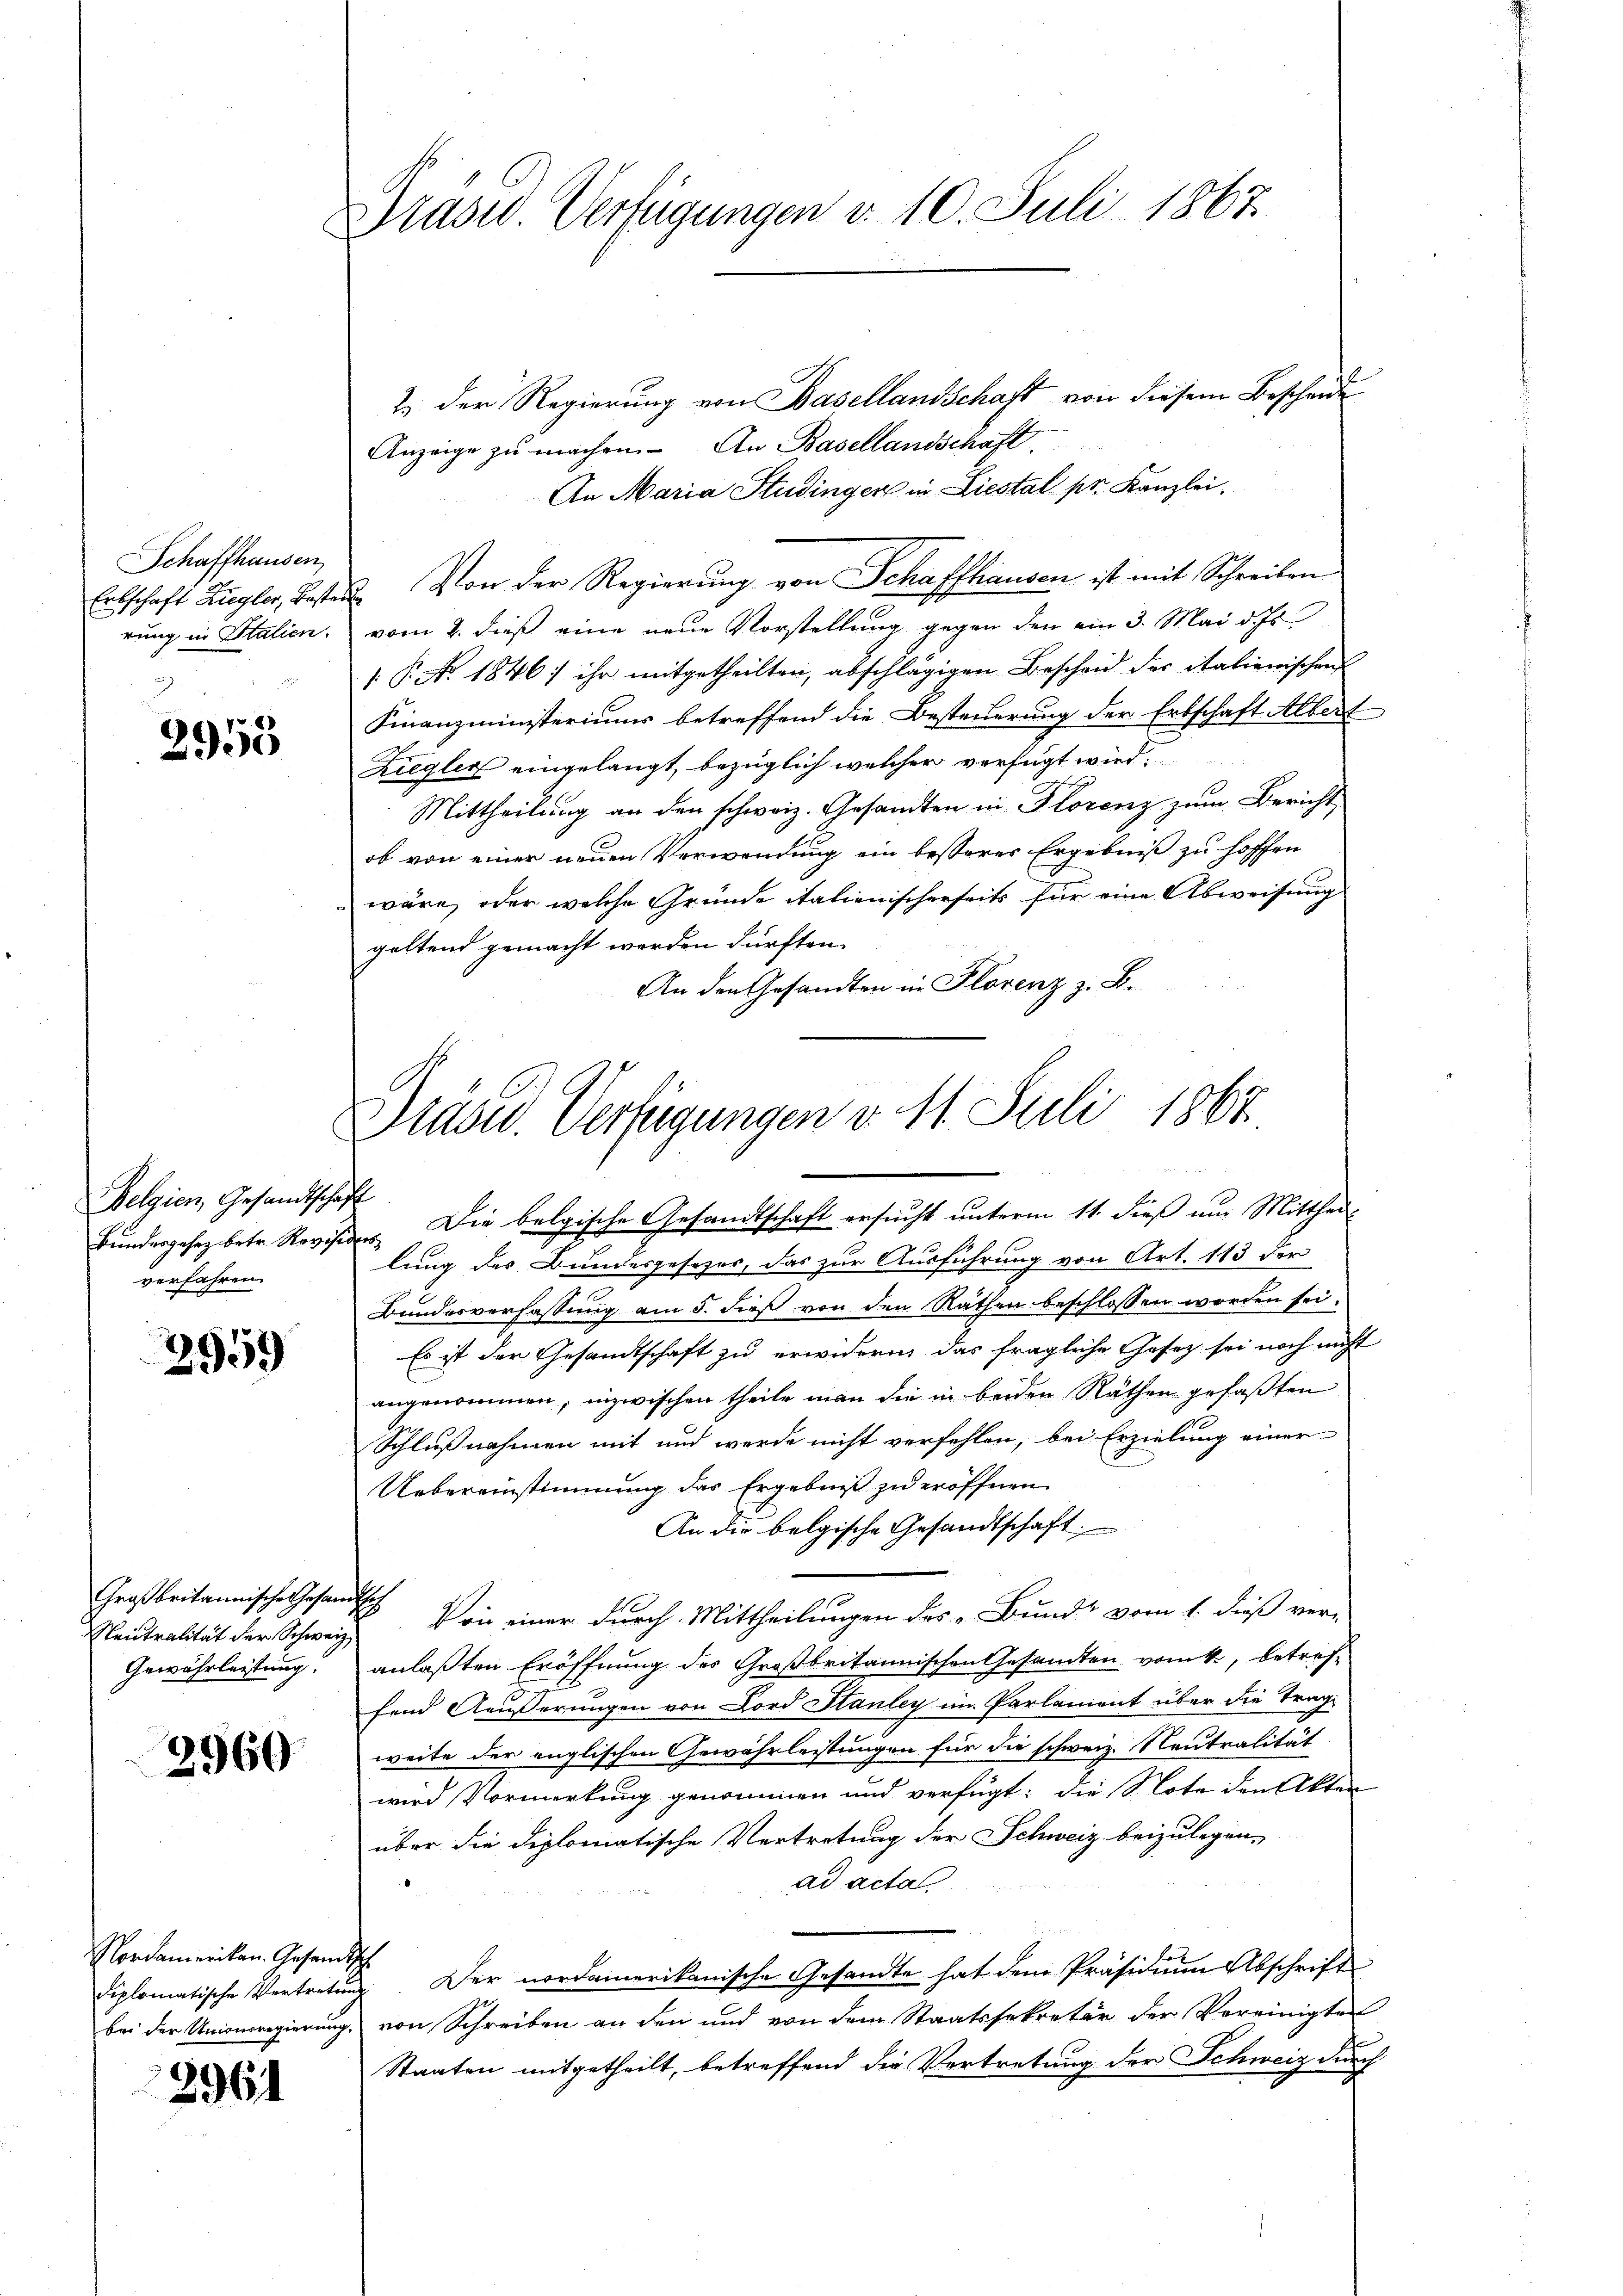
Schaffhausen
Erbschaft Ziegler, Best
rung in Italien.

2955

Belgien, Gesandtschäft
Bundesgesez betr. Revisi
verfahren.

3959

Großbritannische Gesan¬
Neutralität der Schweiz
Gewährleistung.

2960

Nordamerikan. Gesandtsch

2961

Prasw. Verfügungen v. 10. Juli 1867

Drasc. Verfügungen v. 11. Juli 1867.
Die belgische Gesandtschaft ersucht unterm 11. dieß um Mitthei¬

2.) Der Regierung von Basellandschaft von diesem Bescheide
Anzeige zu machen. An Basellandschaft.
An Maria Studinger in Liestal pr. Kanzlei.
3. Von der Regierung von Schaffhausen ist mit Schreiben
vom 2. dieß eine neue Vorstellung gegen den ain 3. Mai d. Js
 P. No. 1846) ihr mitgetheilten, abschlägigen Bescheid der italienischen
Finanzministeriums betreffend die Besteuerung der Erbschaft Albert
Ziegler eingelangt, bezüglich welcher verfügt wird.
Mittheilung an den schweiz. Gesandten in Florenz zum Bericht
ob von einer neuen Verwendung ein besseres Ergebniß zu hoffen
wäre, oder welche Gründe italienischerseits für eine Abweisung
geltend gemacht werden dürften.
An den Gesandten in Florenz z. B.
e
lung des Bundesgesezes, das zur Ausführung von Art. 113 der
Bundesverfassung am 5. dieß von den Räthen beschlossen worden sei.
Es ist der Gesandtschaft zu erwidern, das fragliche Gesetz sei noch nicht
angenommen, inzwischen theile man die in beiden Räthen gefaßten
Schlußnahmen mit und werde nicht verfehlen, bei Erzielung einer
Uebereinstimmung das Ergebnis zu eröffnen.
An die belgische Gesandtschaft.
h
 Von einer durch Mittheilungen des „Bund“ vom 1. dieß ver-
anlaßten Eröffnung des Großbritannischen Gesamten vom k., betreffend Aeusserungen von Lord Stanley im Parlament über die Trag-
weite der englischen Gewährleistungen für die schweiz. Neutralität
wird Vormerkung genommen und verfügt: die Note den Akten
über die diplomatische Vertretung der Schweiz beizulegen,
ad acta
diplomatische Vertretung der nordamerikanische Gesandte hat dem Präsidium Abschrifte
bei der Unionsregierung, von Schreiben an den und von dem Staatssekretär der Vereinigten
Staaten mitgetheilt, betreffend die Vertretung der Schweiz durch